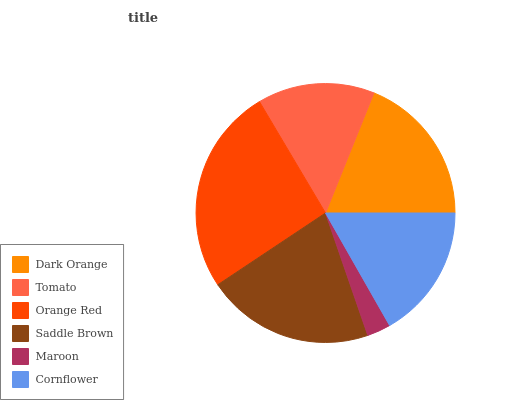
| Dark Orange | Tomato | Orange Red | Saddle Brown | Maroon | Cornflower |
 | --- | --- | --- | --- | --- | --- |
 | 18.9% | 14.6% | 25.8% | 21% | 2.94% | 16.7% |